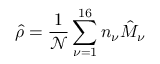
\hat { \rho } = \frac { 1 } { \mathcal { N } } \sum _ { \nu = 1 } ^ { 1 6 } n _ { \nu } \hat { M } _ { \nu }